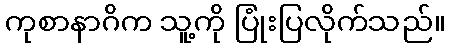
ကုစာနာဂိက သူ့ကို ပြုံးပြလိုက်သည်။